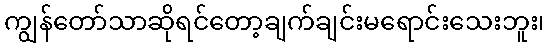
ကျွန်တော်သာဆိုရင်တော့ချက်ချင်းမရောင်းသေးဘူး၊